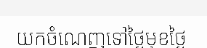
យកចំណេញទៅថ្ងៃមុខថ្ងៃ